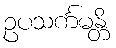
ဥပသင်္ကမန္တိ